Report of the Indian Hemp Drugs Commission, 1894-1895 - Volume IV
Year: 1894
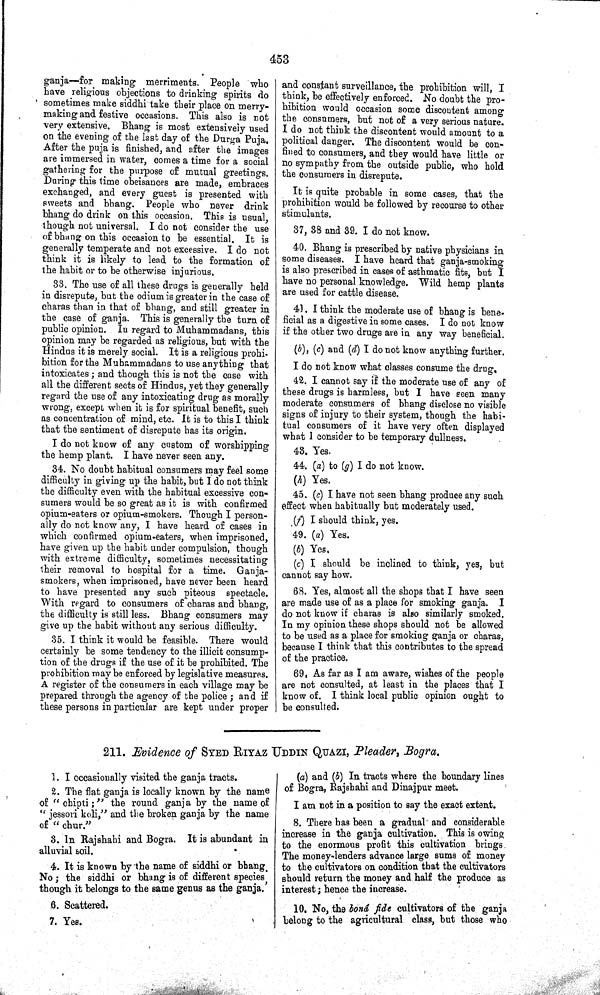
453
ganja—for making merriments. People who
have religious objections to drinking spirits do
sometimes make siddhi take their place on merry-
making and festive occasions. This also is not
very extensive. Bhang is most extensively used
on the evening of the last day of the Durga Puja.
After the puja is finished, and after the images
are immersed in water, comes a time for a social
gathering for the purpose of mutual greetings.
During this time obeisances are made, embraces
exchanged, and every guest is presented with
sweets and bhang. People who never drink
bhang do drink on this occasion. This is usual,
though not universal. I do not consider the use
of bhang on this occasion to be essential. It is
generally temperate and not excessive. I do not
think it is likely to lead to the formation of
the habit or to be otherwise injurious.
33. The use of all these drugs is generally held
in disrepute, but the odium is greater in the case of
charas than in that of bhang, and still greater in
the case of ganja. This is generally the turn of
public opinion. In regard to Muhammadans, this
opinion may be regarded as religious, but with the
Hindus it is merely social. It is a religious prohi-
bition for the Muhammadans to use anything that
intoxicates; and though this is not the case with
all the different sects of Hindus, yet they generally
regard the use of any intoxicating drug as morally
wrong, except when it is for spiritual benefit, such
as concentration of mind, etc. It is to this I think
that the sentiment of disrepute has its origin.
I do not know of any custom of worshipping
the hemp plant. I have never seen any.
34. No doubt habitual consumers may feel some
difficulty in giving up the habit, but I do not think
the difficulty even with the habitual excessive con-
sumers would be so great as it is with confirmed
opium-eaters or opium-smokers. Though I person-
ally do not know any, I have heard of cases in
which confirmed opium-eaters, when imprisoned,
have given up the habit under compulsion, though
with extreme difficulty, sometimes necessitating
their removal to hospital for a time. Ganja-
smokers, when imprisoned, have never been heard
to have presented any such piteous spectacle.
With regard to consumers of charas and bhang,
the difficulty is still less. Bhang consumers may
give up the habit without any serious difficulty.
35. I think it would be feasible. There would
certainly be some tendency to the illicit consump-
tion of the drugs if the use of it be prohibited. The
prohibition may be enforced by legislative measures.
A register of the consumers in each village may be
prepared through the agency of the police; and if
these persons in particular are kept under proper
and constant surveillance, the prohibition will, I
think, be effectively enforced. No doubt the pro-
hibition would occasion some discontent among
the consumers, but not of a very serious nature.
I do not think the discontent would amount to a
political danger. The discontent would be con-
fined to consumers, and they would have little or
no sympathy from the outside public, who hold
the consumers in disrepute.
It is quite probable in some cases, that the
prohibition would be followed by recourse to other
stimulants.
37, 38 and 39. I do not know.
40. Bhang is prescribed by native physicians in
some diseases. I have heard that ganja-smoking
is also prescribed in cases of asthmatic fits, but I
have no personal knowledge. Wild hemp plants
are used for cattle disease.
41. I think the moderate use of bhang is bene-
ficial as a digestive in some cases. I do not know
if the other two drugs are in any way beneficial.
(b), (c) and (d) I do not know anything further.
I do not know what classes consume the drug.
42. I cannot say if the moderate use of any of
these drugs is harmless, but I have seen many
moderate consumers of bhang disclose no visible
signs of injury to their system, though the habi-
tual consumers of it have very often displayed
what I consider to be temporary dullness.
43. Yes.
44. (a) to (g) I do not know.
(h) Yes.
45. (c) I have not seen bhang produce any such
effect when habitually but moderately used.
(f) I should think, yes.
49. (a) Yes.
(b) Yes.
(c) I should be inclined to think, yes, but
cannot say how.
68. Yes, almost all the shops that I have seen
are made use of as a place for smoking ganja. I
do not know if charas is also similarly smoked.
In my opinion these shops should not be allowed
to be used as a place for smoking ganja or charas,
because I think that this contributes to the spread
of the practice.
69. As far as I am aware, wishes of the people
are not consulted, at least in the places that I
know of. I think local public opinion ought to
be consulted.
211. Evidence of SYED RIYAZ UDDIN QUAZI, Pleader, Bogra.
1. I occasionally visited the ganja tracts.
2. The flat ganja is locally known by the name
of "chipti;" the round ganja by the name of
"jessori koli," and the broken ganja by the name
of "chur."
3. In Rajshahi and Bogra. It is abundant in
alluvial soil.
4. It is known by the name of siddhi or bhang.
No; the siddhi or bhang is of different species,
though it belongs to the same genus as the ganja.
6. Scattered.
7. Yes.
(a) and (b) In tracts where the boundary lines
of Bogra, Rajshahi and Dinajpur meet.
I am not in a position to say the exact extent.
8. There has been a gradual and considerable
increase in the ganja cultivation. This is owing
to the enormous profit this cultivation brings.
The money-lenders advance large sums of money
to the cultivators on condition that the cultivators
should return the money and half the produce as
interest; hence the increase.
10. No, the bond fide cultivators of the ganja
belong to the agricultural class, but those who